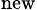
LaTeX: _{\mathrm{new}}